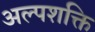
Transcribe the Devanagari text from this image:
अल्पशक्ति